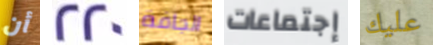
أن 220 الجافة إجتماعات عليك